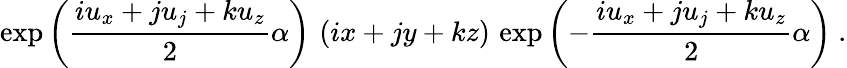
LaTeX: \exp\left(\frac{iu_{x}+ju_{j}+ku_{z}}{2}\alpha\right)\, \left(ix+jy+kz\right)\, \exp\left(-\frac{iu_{x}+ju_{j}+ku_{z}}{2}\alpha\right)~.